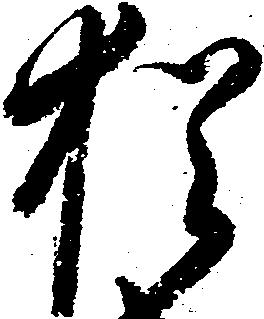
猶